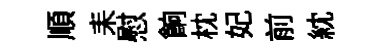
順耒慰餉枕妃前紞